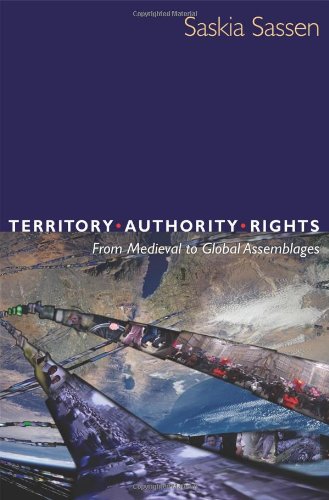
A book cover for Territory, Authority, Rights: From Medieval to Global Assemblages; Saskia Sassen; Politics & Social Sciences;